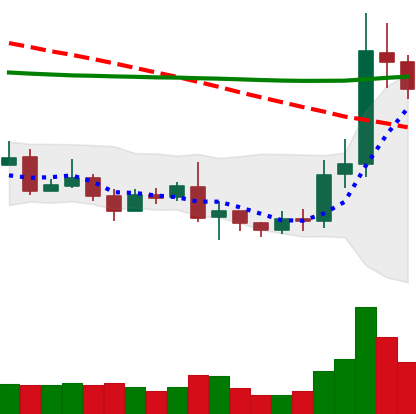
Ticker: ETC-USD
Chart end date: 2019-08-24
Forward return: -13.502%
Label: down_7plus